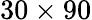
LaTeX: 30\times 90